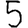
Digit: 5